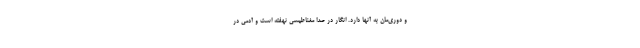
و دوری‌‌مان به آنها دارد. انگار در صدا مغناطیسی نهفته است و آدمی در